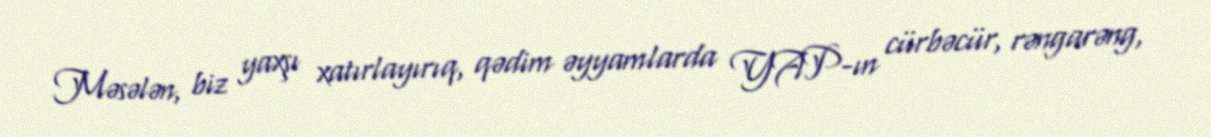
Məsələn, biz yaxşı xatırlayırıq, qədim əyyamlarda YAP-ın cürbəcür, rəngarəng,